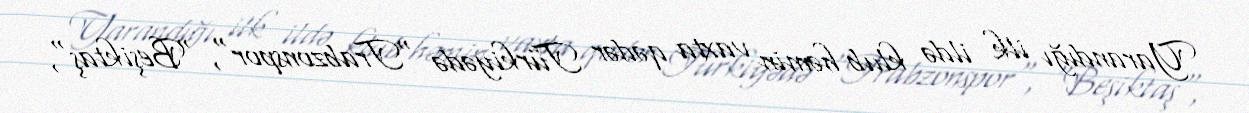
Yarandığı ilk ildə klub həmin vaxta qədər Türkiyədə "Trabzonspor", "Beşiktaş",